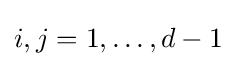
i,j=1,\dots ,d-1